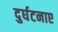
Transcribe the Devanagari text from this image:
दुर्घटनाए